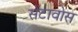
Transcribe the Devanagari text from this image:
सेंटावोस